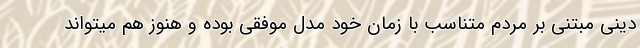
دینی مبتنی بر مردم متناسب با زمان خود مدل موفقی بوده و هنوز هم میتواند